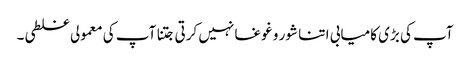
آپ کی بڑی کامیابی ا تنا شور و غوغا نہیں کرتی جتنا آپ کی معمولی غلطی۔